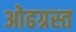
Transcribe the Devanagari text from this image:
ओढग्रस्त